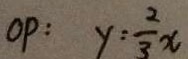
O P : y : \frac { 2 } { 3 } x